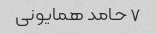
۷ حامد همایونی